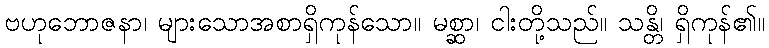
ဗဟုဘောဇနာ၊ များသောအစာရှိကုန်သော။ မစ္ဆာ၊ ငါးတို့သည်။ သန္တိ၊ ရှိကုန်၏။